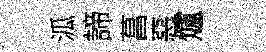
泒諦菖惡爐